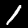
Label: 1